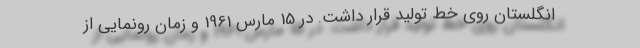
انگلستان روی خط تولید قرار داشت. در 15 مارس 1961 و زمان رونمایی از